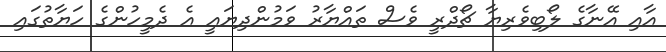
އާއި އޭނާގެ ލޯބިވެރިޔާ ޗޯދްރީ ވެސް ތައްޔާރު ވަމުންދިޔައީ އެ ދެމީހުންގެ ހަޔާތުގައި